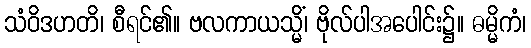
သံဝိဒဟတိ၊ စီရင်၏။ ဗလကာယသ္မိံ၊ ဗိုလ်ပါအပေါင်း၌။ ဓမ္မိကံ၊